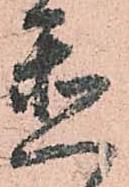
被